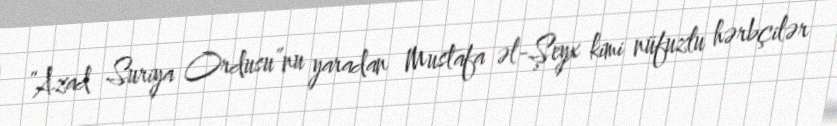
”Azad Suriya Ordusu”nu yaradan Mustafa əl-Şeyx kimi nüfuzlu hərbçilər